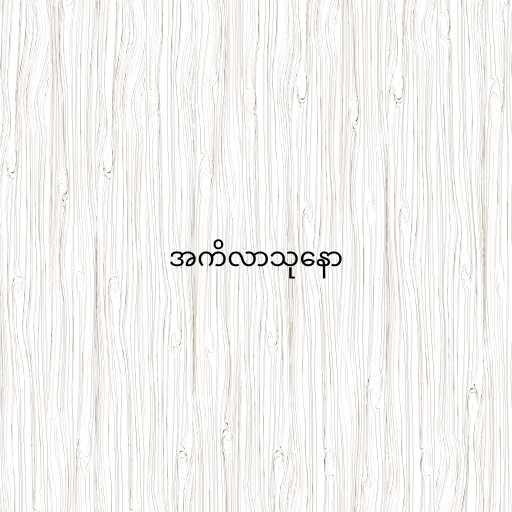
အကိလာသုနော